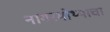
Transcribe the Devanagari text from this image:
नागरमोथ्याचा